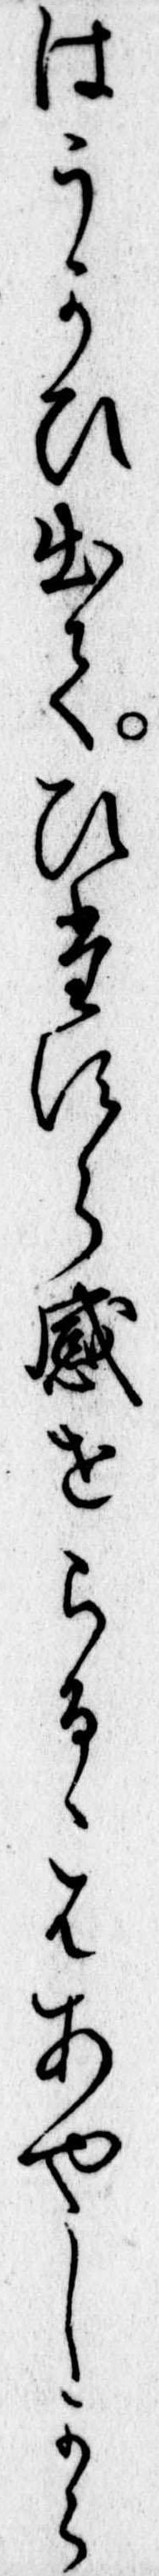
はうかひ出てひたすら感せらるゝはあやしから